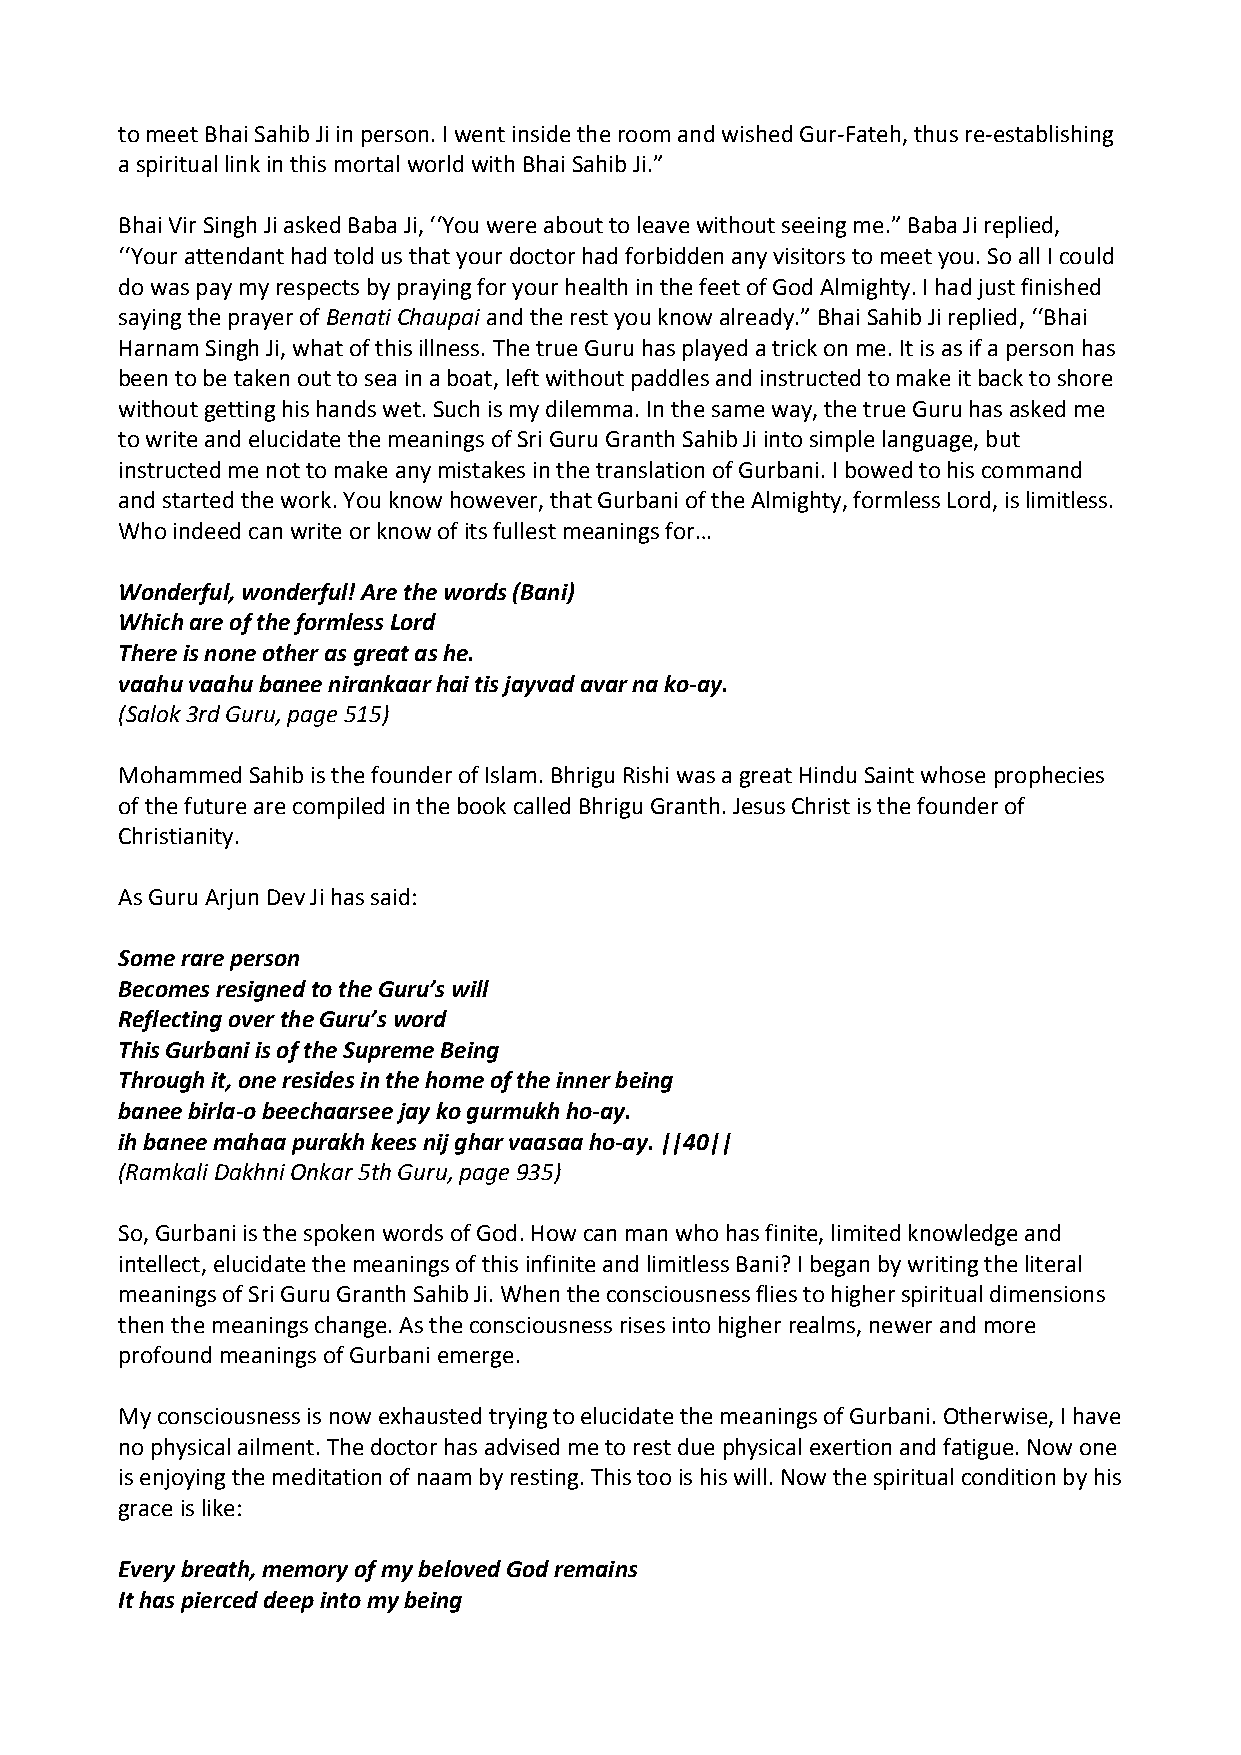
to meet Bhai Sahib Ji in person. I went inside the room and wished Gur‐Fateh, thus re‐establishing
 a spiritual link in this mortal world with Bhai Sahib Ji.”
 Bhai Vir Singh Ji asked Baba Ji, ‘‘You were about to leave without seeing me.” Baba Ji replied,
 ‘‘Your attendant had told us that your doctor had forbidden any visitors to meet you. So all I could
 do was pay my respects by praying for your health in the feet of God Almighty. I had just finished
 saying the prayer of Benati Chaupai and the rest you know already.” Bhai Sahib Ji replied, ‘‘Bhai
 Harnam Singh Ji, what of this illness. The true Guru has played a trick on me. It is as if a person has
 been to be taken out to sea in a boat, left without paddles and instructed to make it back to shore
 without getting his hands wet. Such is my dilemma. In the same way, the true Guru has asked me
 to write and elucidate the meanings of Sri Guru Granth Sahib Ji into simple language, but
 instructed me not to make any mistakes in the translation of Gurbani. I bowed to his command
 and started the work. You know however, that Gurbani of the Almighty, formless Lord, is limitless.
 Who indeed can write or know of its fullest meanings for…
 Wonderful, wonderful! Are the words (Bani)
 Which are of the formless Lord
 There is none other as great as he.
 vaahu vaahu banee nirankaar hai tis jayvad avar na ko‐ay.
 (Salok 3rd Guru, page 515)
 Mohammed Sahib is the founder of Islam. Bhrigu Rishi was a great Hindu Saint whose prophecies
 of the future are compiled in the book called Bhrigu Granth. Jesus Christ is the founder of
 Christianity.
 As Guru Arjun Dev Ji has said:
 Some rare person
 Becomes resigned to the Guru’s will
 Reflecting over the Guru’s word
 This Gurbani is of the Supreme Being
 Through it, one resides in the home of the inner being
 banee birla‐o beechaarsee jay ko gurmukh ho‐ay.
 ih banee mahaa purakh kees nij ghar vaasaa ho‐ay. ||40||
 (Ramkali Dakhni Onkar 5th Guru, page 935)
 So, Gurbani is the spoken words of God. How can man who has finite, limited knowledge and
 intellect, elucidate the meanings of this infinite and limitless Bani? I began by writing the literal
 meanings of Sri Guru Granth Sahib Ji. When the consciousness flies to higher spiritual dimensions
 then the meanings change. As the consciousness rises into higher realms, newer and more
 profound meanings of Gurbani emerge.
 My consciousness is now exhausted trying to elucidate the meanings of Gurbani. Otherwise, I have
 no physical ailment. The doctor has advised me to rest due physical exertion and fatigue. Now one
 is enjoying the meditation of naam by resting. This too is his will. Now the spiritual condition by his
 grace is like:
 Every breath, memory of my beloved God remains
 It has pierced deep into my being